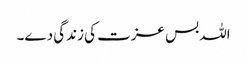
اللہ بس عزت کی زندگی دے۔